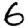
Digit: 6